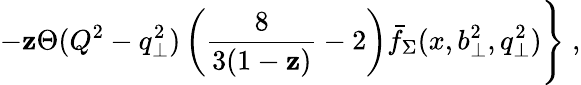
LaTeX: -\mathbf{z}\Theta(Q^{2}-q_{\perp}^{2})\left({\frac{{8}}{{3(1-\mathbf{z})}}}-2\right)\bar{{f}}_{\Sigma}(x,b_{\perp}^{2},q_{\perp}^{2})\Bigg\} \; ,